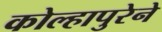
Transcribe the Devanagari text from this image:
कोल्हापुरेने